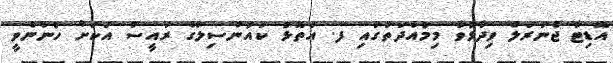
އޮޑިޓާ ޖެނަރަލް ވިދާޅުވާ މިމުއްދަތުގައި ފ. އަތޮޅު ކައުންސިލްގެ ރައީސް އަކަށް ހުންނެވީ